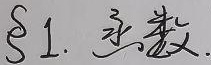
ξ1.函数